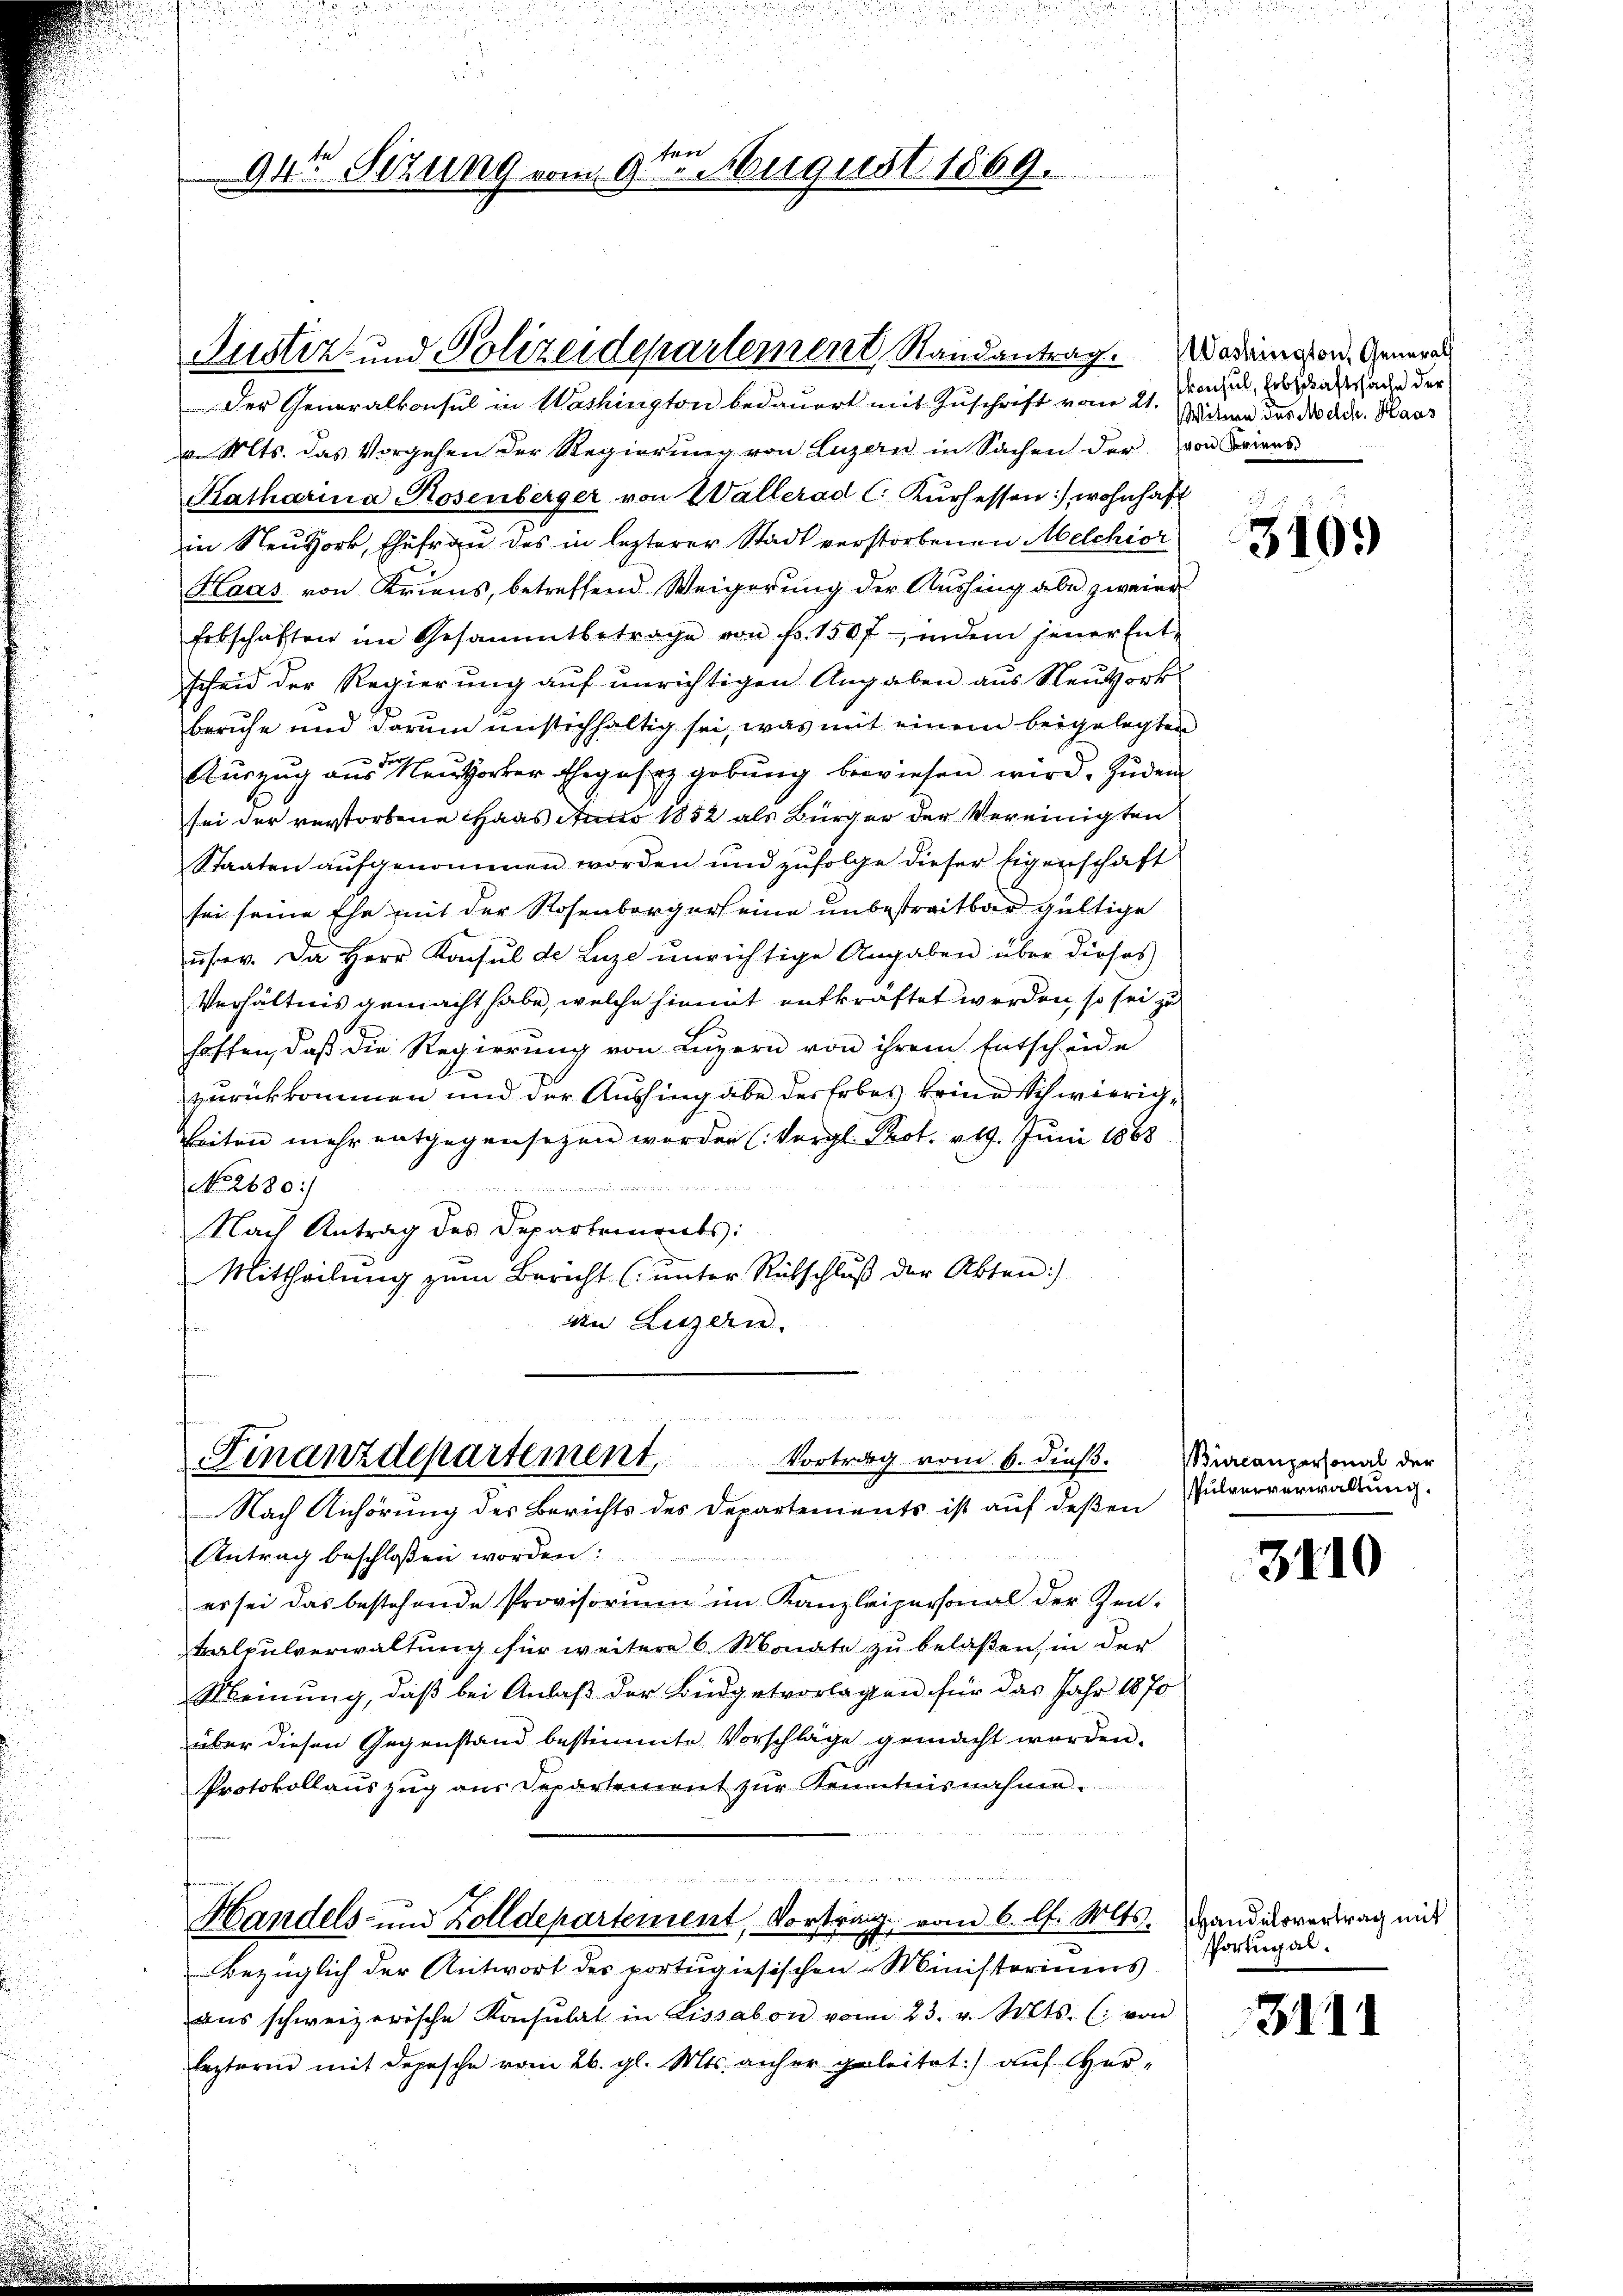
Der Generalkonsul in Washington bedauert mit Zuschrift vom 21.
v. Mts. das Vorgehen der Regierung von Luzern in Sachen der von Briens
Katharina Hosenberger von Wallerad C. Kurhessen, wohnhaft
in Neudork, Ehefrau des in lezterer Stadt verstorbenen Melchior
Haas von Kriens, betreffend Weigerung der Aushing aber zweier
Erbschaften im Gesammtbetrage von fr. 150 findem jener Ent-
scheid der Regierung auf unrichtigen Angaben aus Neŭtork
beruhe und darum unstichhaltig sei, was mit einem beigelegten
Auszug aus Neuthorher Ehegesez gebung bewiesen wird. Zudem
sei der verstorbene Haas Antto 1882 als Bürger der Vereinigten
Staaten aufgenommen worden und zufolge dieser Eigenschaft
sei seine Ehe mit der Rosenbergers eine unbestreitbar gültige
ŭher. Da Herr Konsul de Luze unrichtige Angaben über dieses
Verhältnis gemacht habe, welche hiemit entkräftet werden, so sei zu
hoffen, daß die Regierung von Luzern von ihrem Entscheide
zurückkommen und der Aushingabe der Erbes keine Schwierigbeiten mehr entgegensezen worden (Vergl. Prot. 219. Juni 1868
No. 2680:
Nach Antrag des Departements:
Mittheilung zum Bericht (unter Rütschluß der Akten)
an Luzern.

94 Sizung vom 9ten August 1869.

vor den der die

Finanzdepartement, Vortrag vom 6. dieß.
Nach Anhörung des Berichts des Departements ist auf deßen

Justiz- und Polizeidepartement Randantrag. Wademisson, General

Antrag beschloßen worden:
es sei das bestehende Provisorium im Kanzleipersonal der Zen-
tralpulverwaltung für weitere 6. Monate zu belaßen, in der
Meinung, daß bei Anlaß der Büdgetvorlagen für das Jahr 1870
über diesen Gegenstand bestimmte Vorschläge gemacht werden.
Protokollauszug aus Departement zur Kenntnisnahme.

Handels- und Zolldepartement, Vortrag vom 6. l. Mts. Handesvertrag mit
Bezüglich der Antwort des portugisischen Ministeriums
ans schweizerische Konsulat in Lissabon vom 23. v. Mts. (: von
lezteren mit Depesche vom 26. gl. Mts. anher geleitet) auf Her¬

konsul, Erbschaftssache der
Witwen des Melch. Haas

3109)

Burcanpersonal der
Pulververwaltung.

3810

Portugal.

3111